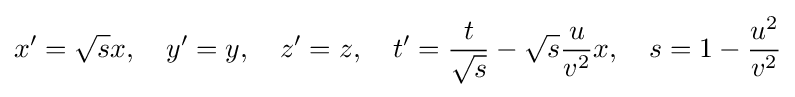
x^{\prime }={\sqrt {s}}x,\quad y^{\prime }=y,\quad z^{\prime }=z,\quad t'={\frac {t}{\sqrt {s}}}-{\sqrt {s}}{\frac {u}{v^{2}}}x,\quad s=1-{\frac {u^{2}}{v^{2}}}